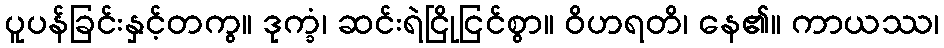
ပူပန်ခြင်းနှင့်တကွ။ ဒုက္ခံ၊ ဆင်းရဲငြိုငြင်စွာ။ ဝိဟရတိ၊ နေ၏။ ကာယဿ၊